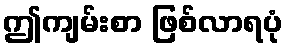
ဤကျမ်းစာ ဖြစ်လာရပုံ